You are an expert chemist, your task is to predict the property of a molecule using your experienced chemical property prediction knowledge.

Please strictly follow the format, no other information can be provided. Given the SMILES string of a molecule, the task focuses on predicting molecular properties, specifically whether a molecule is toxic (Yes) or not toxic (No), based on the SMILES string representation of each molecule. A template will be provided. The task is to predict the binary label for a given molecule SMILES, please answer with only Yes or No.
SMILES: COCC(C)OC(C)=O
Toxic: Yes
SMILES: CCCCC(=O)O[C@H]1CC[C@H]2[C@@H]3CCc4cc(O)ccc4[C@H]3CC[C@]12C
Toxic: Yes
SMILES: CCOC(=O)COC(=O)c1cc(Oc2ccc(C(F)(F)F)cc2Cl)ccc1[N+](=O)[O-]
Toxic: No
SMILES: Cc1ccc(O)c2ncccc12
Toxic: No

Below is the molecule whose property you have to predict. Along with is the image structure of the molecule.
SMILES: CCCCCCCCCCCCCC=O
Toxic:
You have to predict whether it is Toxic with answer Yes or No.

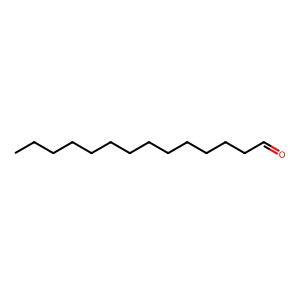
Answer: No